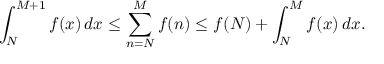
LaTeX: \int _ { N } ^ { M + 1 } f ( x ) \, d x \leq \sum _ { n = N } ^ { M } f ( n ) \leq f ( N ) + \int _ { N } ^ { M } f ( x ) \, d x .